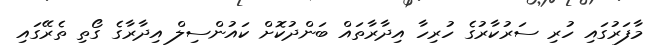
މާފަރުގައި ހުރި ސަރުކާރުގެ ހުރިހާ އިދާރާތައް ބަންދުކޮށް ކައުންސިލް އިދާރާގެ ގޯތި ތެރޭގައި